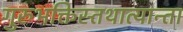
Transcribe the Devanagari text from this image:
गुरुभक्तिस्तथात्यान्ता